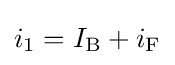
i_{\text{1}}=I_{\text{B}}+i_{\text{F}}